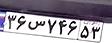
۳۶س۷۴۶۵۳